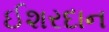
ઈશરદાન